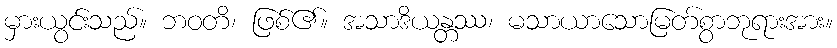
မှားယွင်းသည်။ ဘဝတိ၊ ဖြစ်၏။ အသာဒိယန္တဿ၊ မသာယာသောမြတ်စွာဘုရားအား။